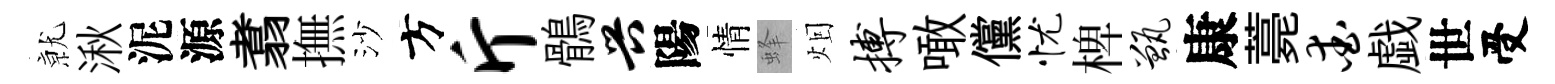
𭕒湫泥源翥撫沙方斤鶻兴陽情蜂𤇆搏噉儻忧椑甑康薧爱戯世受